Indian journal of veterinary science and animal husbandry - Volumes 24-25, 1954-1955
Year: 1954
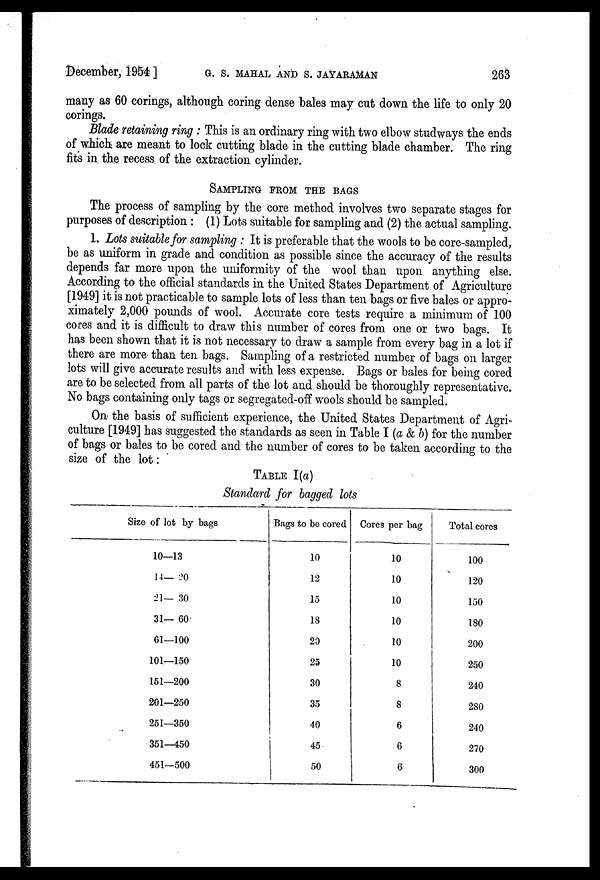
December, 1954 ] G. S. MAHAL AND S. JAYARAMAN 263
many as 60 corings, although coring dense bales may cut down the life to only 20
corings.
Blade retaining ring : This is an ordinary ring with two elbow studways the ends
of which are meant to lock cutting blade in the cutting blade chamber. The ring
fits in the recess of the extraction cylinder.
SAMPLING FROM THE BAGS
The process of sampling by the core method involves two separate stages for
purposes of description : (1) Lots suitable for sampling and (2) the actual sampling.
1. Lots suitable for sampling : It is preferable that the wools to be core-sampled,
be as uniform in grade and condition as possible since the accuracy of the results
depends far more upon the uniformity of the wool than upon anything else.
According to the official standards in the United States Department of Agriculture
[1949] it is not practicable to sample lots of less than ten bags or five bales or appro-
ximately 2,000 pounds of wool. Accurate core tests require a minimum of 100
cores and it is difficult to draw this number of cores from one or two bags. It
has been shown that it is not necessary to draw a sample from every bag in a lot if
there are more than ten bags. Sampling of a restricted number of bags on larger
lots will give accurate results and with less expense. Bags or bales for being cored
are to be selected from all parts of the lot and. should be thoroughly representative.
No bags containing only tags or segregated-off wools should be sampled.
On the basis of sufficient experience, the United States Department of Agri-
culture [1949] has suggested the standards as seen in Table I (a & b) for the number
of bags or bales to be cored and the number of cores to be taken according to the
size of the lot :
TABLE I(a)
Standard for bagged lots
Size of lot by bags
10—13
14— 20
21— 30
31— 60
61—100
101—150
151—200
201—250
251—350
351—450
451—500
Bags to be cored
10
12
15
18
20
25
30
35
40
45
50
Cores per bag
10
10
10
10
10
10
8
8
6
6
6
Total cores
100
120
150
180
200
250
240
280
240
270
300